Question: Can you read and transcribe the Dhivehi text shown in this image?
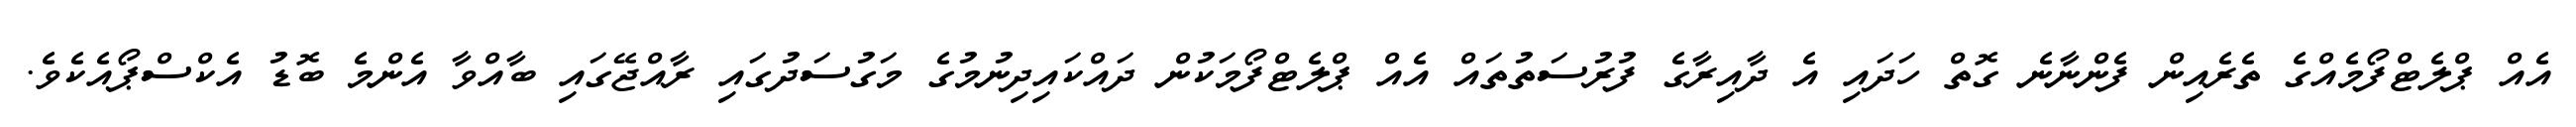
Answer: އެއް ޕްލެޓްފޯމެއްގެ ތެރެއިން ފެންނާނެ ގޮތް ހަދައި އެ ދާއިރާގެ ފުރުސަތުތައް އެއް ޕްލެޓްފޯމަކުން ދައްކައިދިނުމުގެ މަގުސަދުގައި ރާއްޖޭގައި ބާއްވާ އެންމެ ބޮޑު އެކްސްޕޯއެކެވެ.